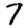
Digit: 7